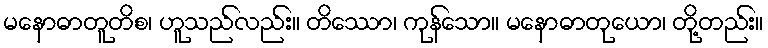
မနောဓာတူတိစ၊ ဟူသည်လည်း။ တိဿော၊ ကုန်သော။ မနောဓာတုယော၊ တို့တည်း။